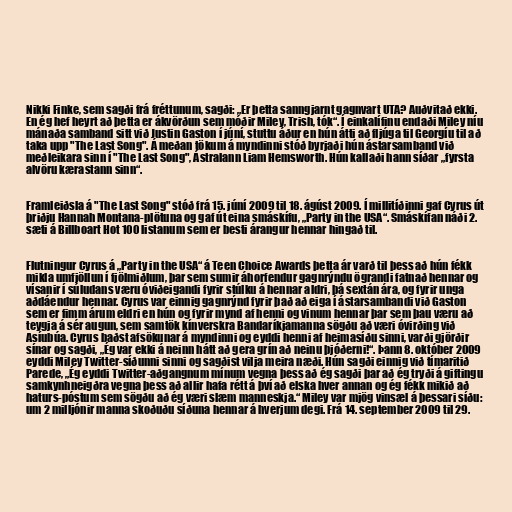
Nikki Finke, sem sagði frá fréttunum, sagði: „Er þetta sanngjarnt gagnvart UTA? Auðvitað ekki.
En ég hef heyrt að þetta er ákvörðun sem móðir Miley, Trish, tók“. Í einkalífinu endaði Miley níu
mánaða samband sitt við Justin Gaston í júní, stuttu áður en hún átti að fljúga til Georgíu til að
taka upp "The Last Song". Á meðan tökum á myndinni stóð byrjaði hún ástarsamband við
meðleikara sinn í "The Last Song", Ástralann Liam Hemsworth. Hún kallaði hann síðar „fyrsta
alvöru kærastann sinn“.

Framleiðsla á "The Last Song" stóð frá 15. júní 2009 til 18. ágúst 2009. Í millitíðinni gaf Cyrus út
þriðju Hannah Montana-plötuna og gaf út eina smáskífu, „Party in the USA“. Smáskífan náði 2.
sæti á Billboart Hot 100 listanum sem er besti árangur hennar hingað til.

Flutningur Cyrus á „Party in the USA“ á Teen Choice Awards þetta ár varð til þess að hún fékk
mikla umfjöllun í fjölmiðlum, þar sem sumir áhorfendur gagnrýndu ögrandi fatnað hennar og
vísanir í súludans væru óviðeigandi fyrir stúlku á hennar aldri, þá sextán ára, og fyrir unga
aðdáendur hennar. Cyrus var einnig gagnrýnd fyrir það að eiga í ástarsambandi við Gaston
sem er fimm árum eldri en hún og fyrir mynd af henni og vinum hennar þar sem þau væru að
teygja á sér augun, sem samtök kínverskra Bandaríkjamanna sögðu að væri óvirðing við
Asíubúa. Cyrus baðst afsökunar á myndinni og eyddi henni af heimasíðu sinni, varði gjörðir
sínar og sagði, „Ég var ekki á neinn hátt að gera grín að neinu þjóðerni!“. Þann 8. október 2009
eyddi Miley Twitter-síðunni sinni og sagðist vilja meira næði. Hún sagði einnig við tímaritið
Parede, „Ég eyddi Twitter-aðgangnum mínum vegna þess að ég sagði þar að ég tryði á giftingu
samkynhneigðra vegna þess að allir hafa rétt á því að elska hver annan og ég fékk mikið að
haturs-póstum sem sögðu að ég væri slæm manneskja.“ Miley var mjög vinsæl á þessari síðu:
um 2 milljónir manna skoðuðu síðuna hennar á hverjum degi. Frá 14. september 2009 til 29.